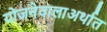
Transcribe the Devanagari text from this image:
योजनेवालाअर्थात